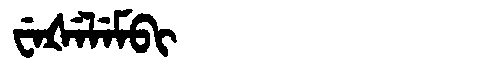
Manchu: ᠸᡝᡧᡝᠯᡝᠮᠪᡳ
Romanization: WEŠELEMBI